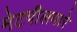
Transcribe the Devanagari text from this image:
मेटपीलवारे